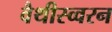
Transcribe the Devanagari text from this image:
वैथीस्व्वरन